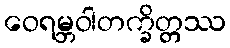
ဝေရမ္ဘဝါတက္ခိတ္တဿ